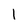
Character: 1